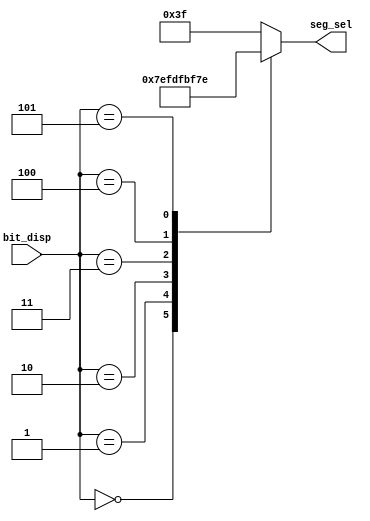
// This program was cloned from: https://github.com/flyjancy/CortexM0_SoC_Task
// License: MIT License

module seg_sel_decoder(
    input        [2:0]  bit_disp,
    output  reg  [5:0]  seg_sel
);

always@(bit_disp)begin
    case(bit_disp)
        3'b000 : seg_sel = 6'b011111;
        3'b001 : seg_sel = 6'b101111;
        3'b010 : seg_sel = 6'b110111;
        3'b011 : seg_sel = 6'b111011;
        3'b100 : seg_sel = 6'b111101;
        3'b101 : seg_sel = 6'b111110;     
        default : seg_sel = 6'b111111;
    endcase
end

endmodule